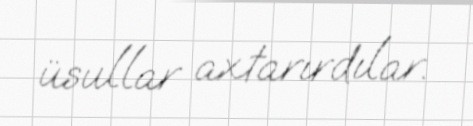
üsullar axtarırdılar.